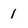
Character: 1